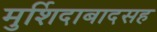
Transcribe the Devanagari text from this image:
मुर्शिदाबादसह